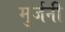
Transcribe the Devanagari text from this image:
मुर्जनी